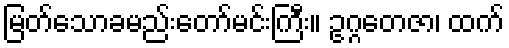
မြတ်သောခမည်းတော်မင်းကြီး။ ဥဂ္ဂတေဇာ၊ ထက်